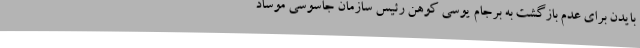
بایدن برای عدم بازگشت به برجام یوسی کوهن رئیس سازمان جاسوسی موساد